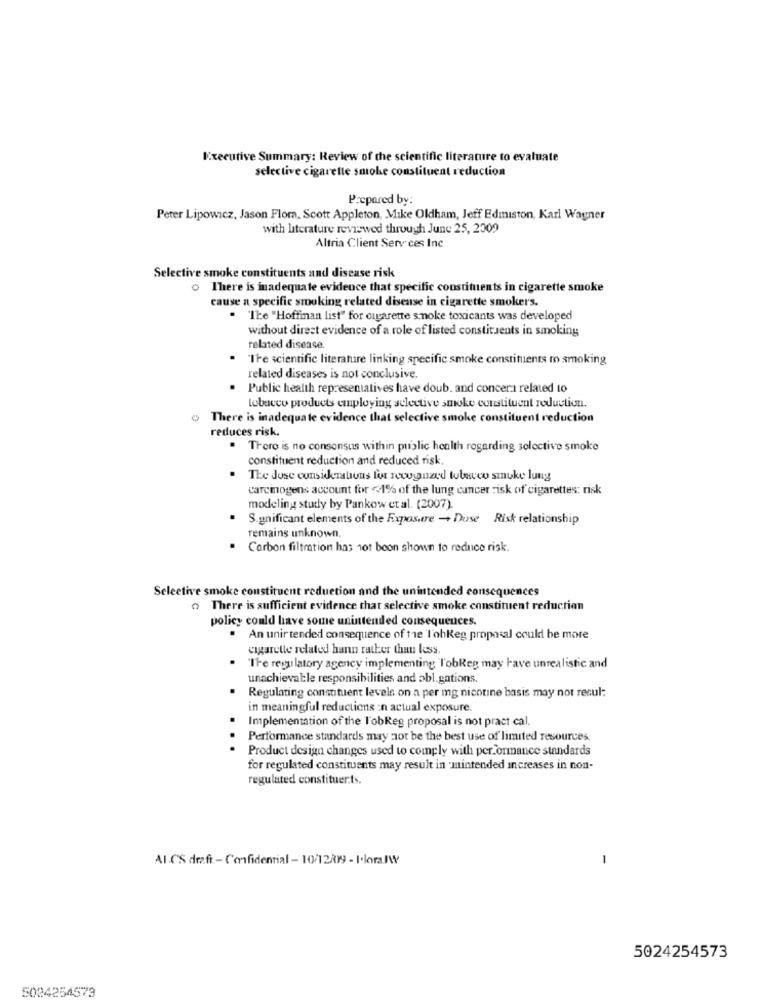
Executive Summary: Review of the scientific literature to evaluate
selective cigarette smoke constituent reduction
Prepared by:
Peter Lipowicz, Jason Flora, Scott Appleton, Mike Oldham, Jeff Edmiston, Karl Wagner
with literature reviewed through June 25, 2309
Altria Client Serv ces Inc
Selective smoke constituents and disease risk
o There is inadequate evidence that specific constituents in cigarette smoke
cause a specific smoking related disease in cigarette smokers.
. "Ite "Hoffinan list" for cigarette smoke toxicants was developed
without direst evidence of a role of listed constituents in smoking
related disease.
"IFe scientific literature linking specific smoke constituents to smoking
related diseases is not conclusive.
. Public health representatives have doub. and concera related to
tobacco products employing selective smoke constituent reduction.
There is inadequate evidence that selective smoke constituent reduction
reduces risk.
. There is no consensus within public health regarding selective smoke
constituent reduction and reduced risk
The Jose considerations for recognized tobeveo smoke lung
carcinogens account for <1% of the lung cancer risk of cigarettes: risk
modeling study by Pankow et al. (2007).
S.gnificant elements of the Expostre - Duse Risk relationship
remains unknown,
. Carbon filtration has 10t beon shown to reduce risk.
Selective smoke constituent reduction and the unintended consequences
There is sufficient evidence that selective smoke constituent reduction
policy could have some unintended consequences.
. An unir tended consequence of the Tohkeg proposal could be more
cigarette related hann rather than less.
"The regulatory agency implementing l'obReg may have unrealistic and
unachievable responsibilities and abl.gations.
Regulating constituent levels on a per mg nicotine basis may not resul:
in meaningful reductions :n actual exposure.
Implementation of the TobReg proposal is not pract cal.
Performance standards may not be the best use of limited resources.
.
Product design changes used to comply with per ornance standards
for regulated constituents may result in mintended increases in non-
regulated constituer.ts.
Al.C'S draft - Confidential - 10/12/099 - IoloralW
5024254573
5024254579